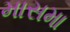
માસમા